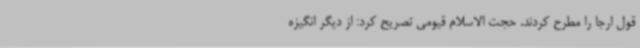
قول ارجا را مطرح کردند. حجت الاسلام قیومی تصریح کرد: از دیگر انگیزه